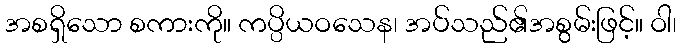
အစရှိသော စကားကို။ ကပ္ပိယဝသေန၊ အပ်သည်၏အစွမ်းဖြင့်။ ဝါ၊